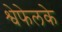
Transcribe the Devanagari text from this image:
श्वेफेलके